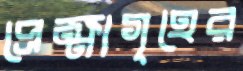
প্রেক্ষাগৃহের